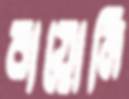
বায়োনি